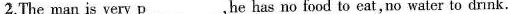
2.The man is very p ___ , he has no food to eat, no water to drink.